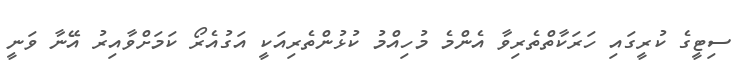
ސިޓީގެ ކުރީގައި ހަރަކާތްތެރިވާ އެންމެ މުހިއްމު ކުޅުންތެރިއަކީ އަގުއެރޯ ކަމަށްވާއިރު އޭނާ ވަނީ